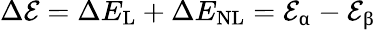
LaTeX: \Delta\mathcal{E}=\Delta E_{\mathrm{L}}+\Delta E_{\mathrm{NL}}=\mathcal{E}_{\upalpha}-\mathcal{E}_{\upbeta}